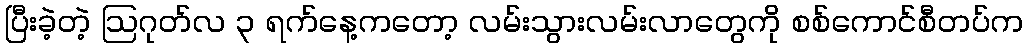
ပြီးခဲ့တဲ့ ဩဂုတ်လ ၃ ရက်နေ့ကတော့ လမ်းသွားလမ်းလာတွေကို စစ်ကောင်စီတပ်က